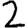
Digit: 2